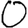
Digit: 0